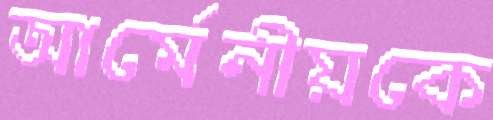
আর্মেনীয়কে